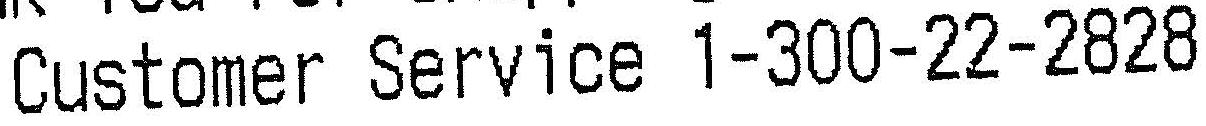
CUSTOMER SERVICE 1-300-22-2828